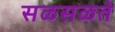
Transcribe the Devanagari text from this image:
सळसळते